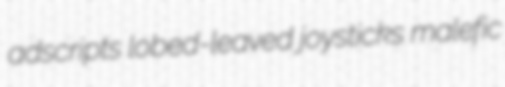
adscripts lobed-leaved joysticks malefic